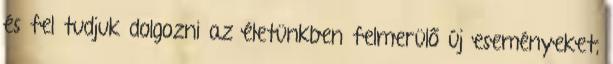
és fel tudjuk dolgozni az életünkben felmerülő új eseményeket,